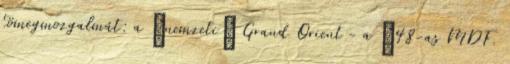
tömegmozgal­mát: a „nemzeti” Grand Orient - a ‘48-as MDF.